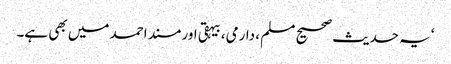
‘یہ حدیث صحیح مسلم ، دارمی، بیہقی اور مسند احمد میں بھی ہے۔